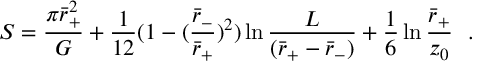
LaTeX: S = { \frac { \pi \bar { r } _ { + } ^ { 2 } } { G } } + { \frac { 1 } { 1 2 } } ( 1 - ( { \frac { \bar { r } _ { - } } { \bar { r } _ { + } } } ) ^ { 2 } ) \ln { \frac { L } { ( \bar { r } _ { + } - \bar { r } _ { - } ) } } + { \frac { 1 } { 6 } } \ln { \frac { \bar { r } _ { + } } { z _ { 0 } } } ~ ~ .